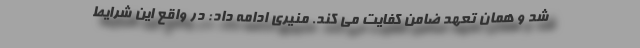
شد و همان تعهد ضامن کفایت می کند. منیری ادامه داد: در واقع این شرایط